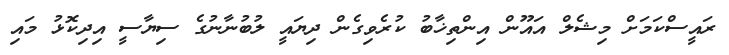
ރައީސްކަމަށް މިޝެލް އައޫން އިންތިޚާބު ކުރެވިގެން ދިޔައީ ލުބުނާނުގެ ސިޔާސީ އިދިކޮޅު މައި